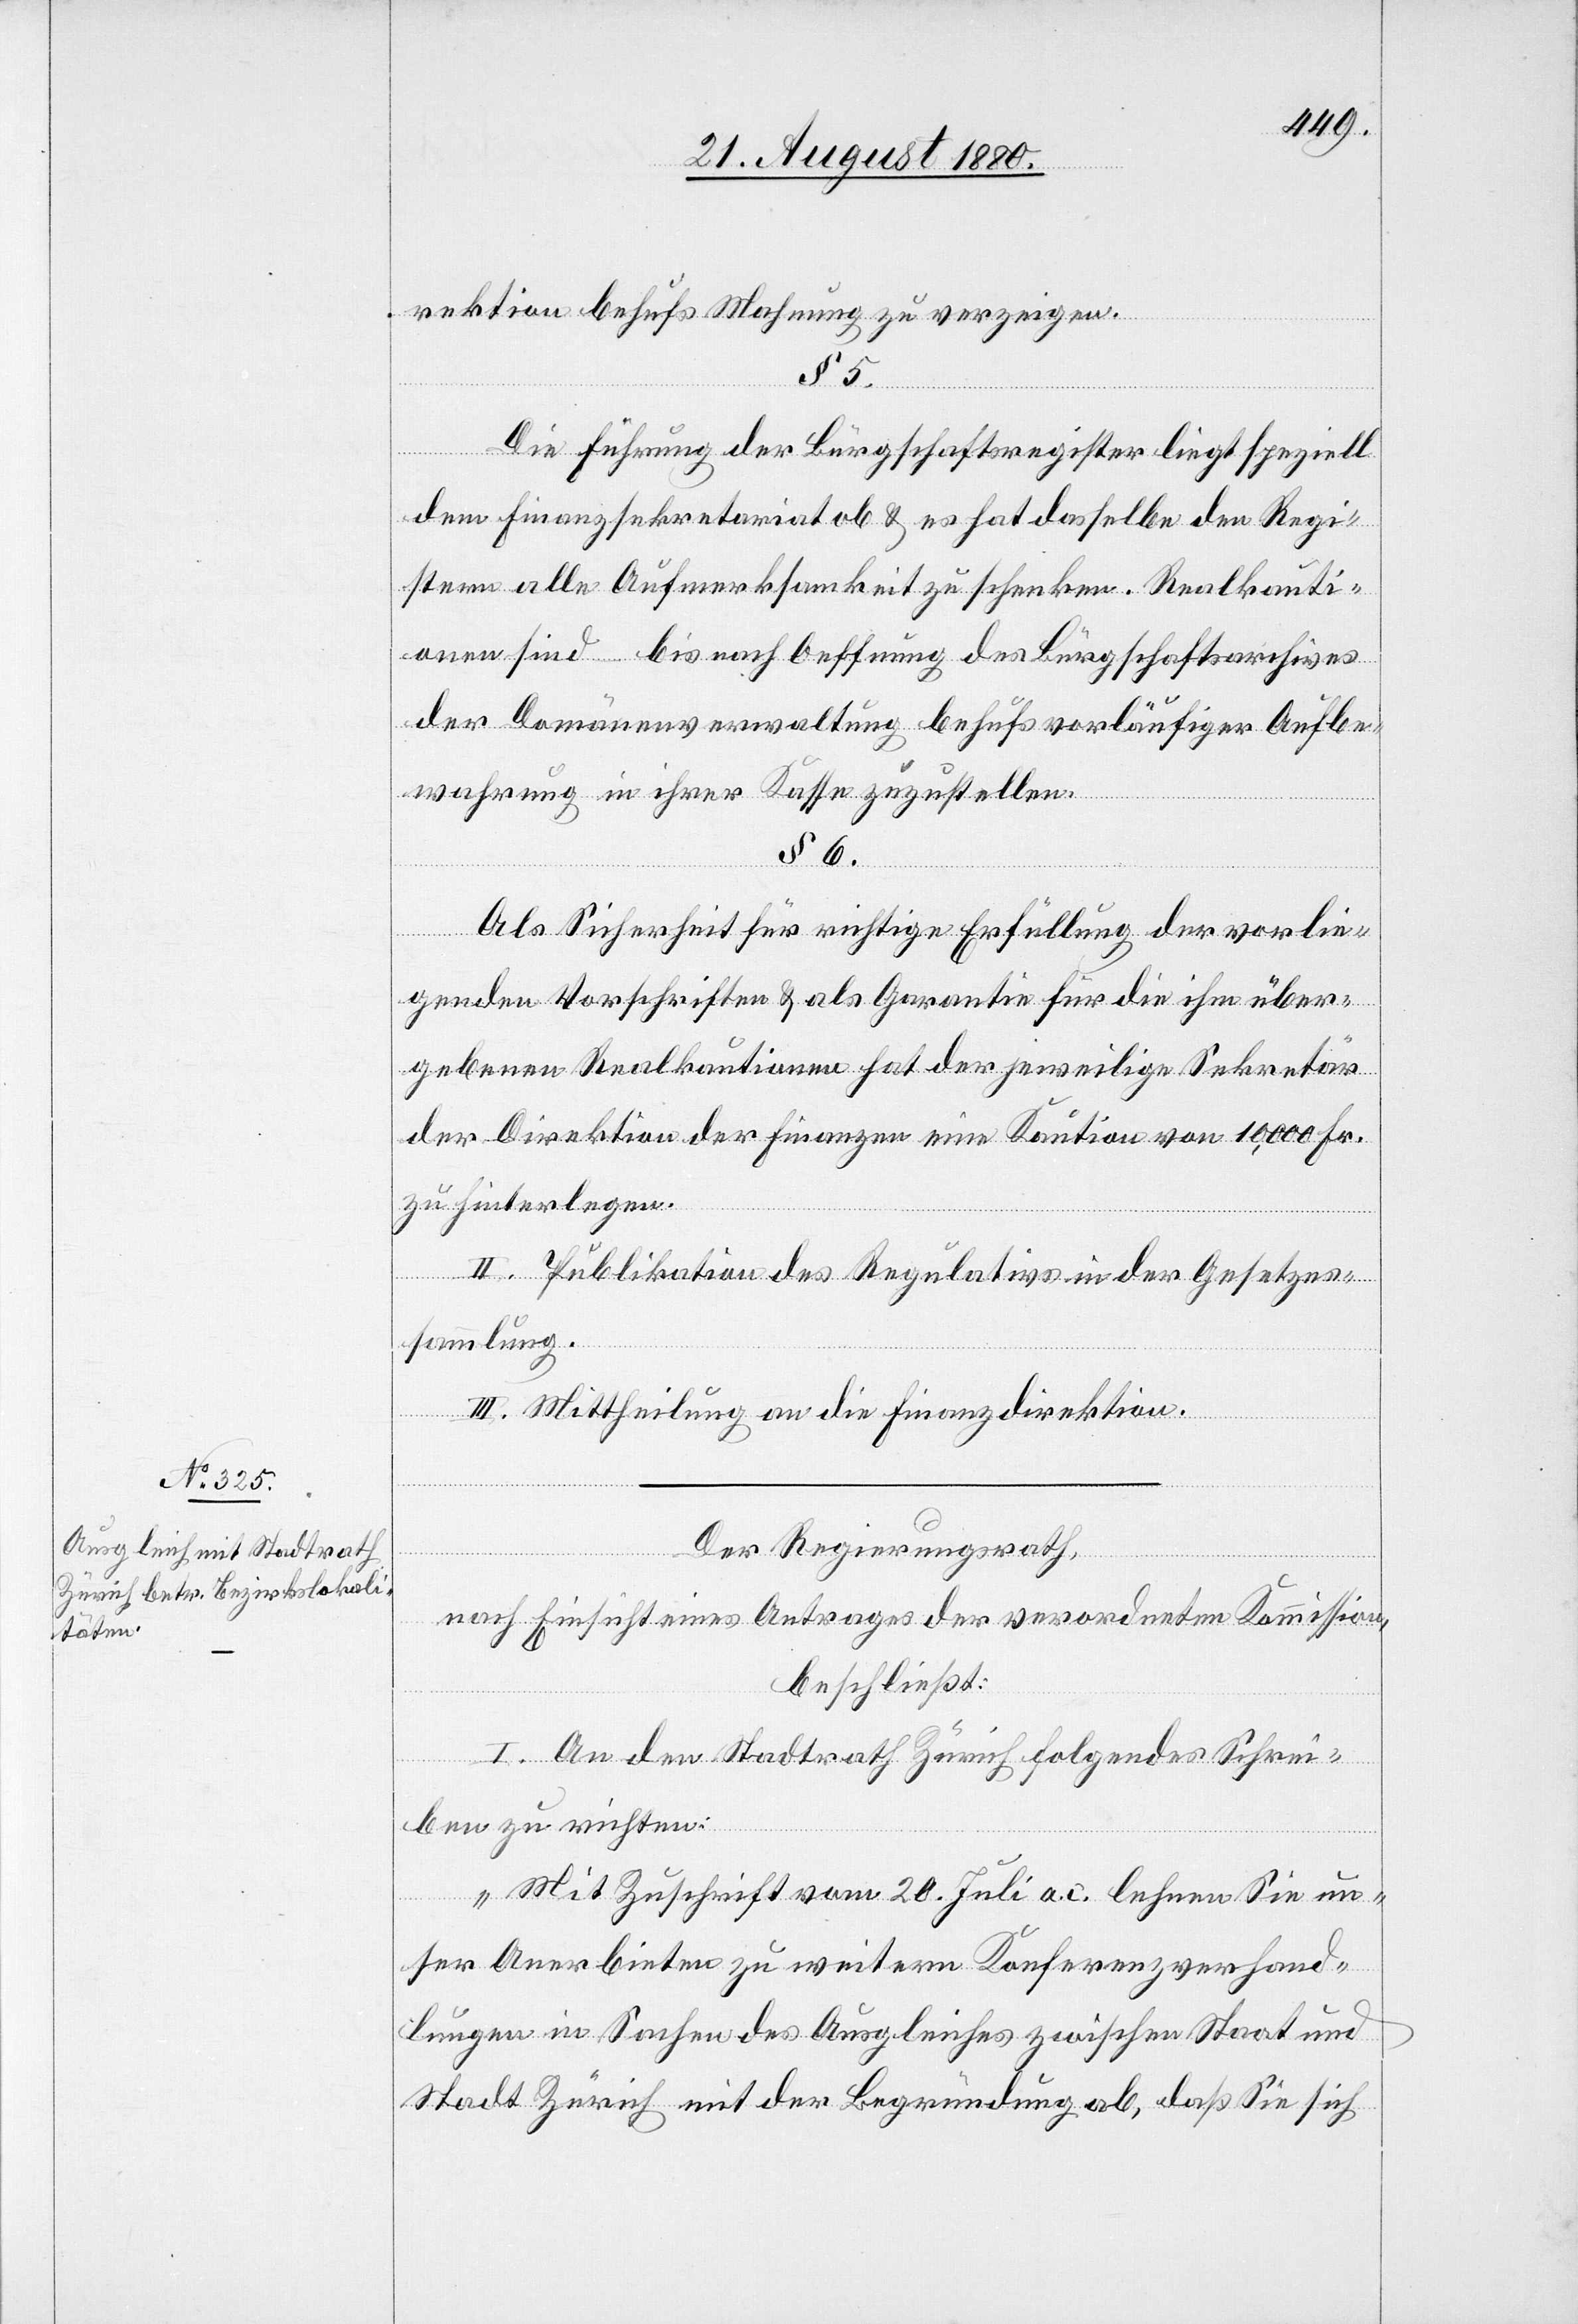
rektion behufs Mahnung zu verzeigen.
§ 5.
Die Führung der Bürgschaftsregister liegt speziell
dem Finanzsekretariat ob & es hat dasselbe den Regi¬
stern alle Aufmerksamkeit zu schenken. Realkauti¬
onen sind bis nach Oeffnung des Bürgschaftsarchives
der Domänenverwaltung behufs vorläufiger Aufbe¬
wahrung in ihrer Kasse zuzustellen.
§ 6.
Als Sicherheit für richtige Erfüllung der vorlie¬
genden Vorschriften & als Garantie für die ihm über¬
gebenen Realkautionen hat der jeweilige Sekretär
der Direktion der Finanzen eine Kaution von 10,000 Fr.
zu hinterlegen.
II. Publikation des Regulativs in der Gesetzes¬
sammlung.
III. Mittheilung an die Finanzdirektion.
Der Regierungsrath,
nach Einsicht eines Antrages der verordneten Kommission,
beschließt:
I. An den Stadtrath Zürich folgendes Schrei¬
ben zu richten:
„Mit Zuschrift vom 20. Juli a. c. lehnen sie un¬
ser Anerbieten zu weitern Konferenzverhand¬
lungen in Sachen des Ausgleiches zwischen Staat und
Stadt Zürich mit der Begründung ab, daß Sie sich